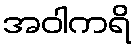
အဝါကရိ